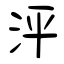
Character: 泙